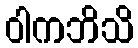
ဝါကဘိသိ